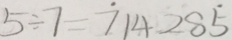
5 \div 7 = \dot { 7 } 1 4 2 8 \dot { 5 }